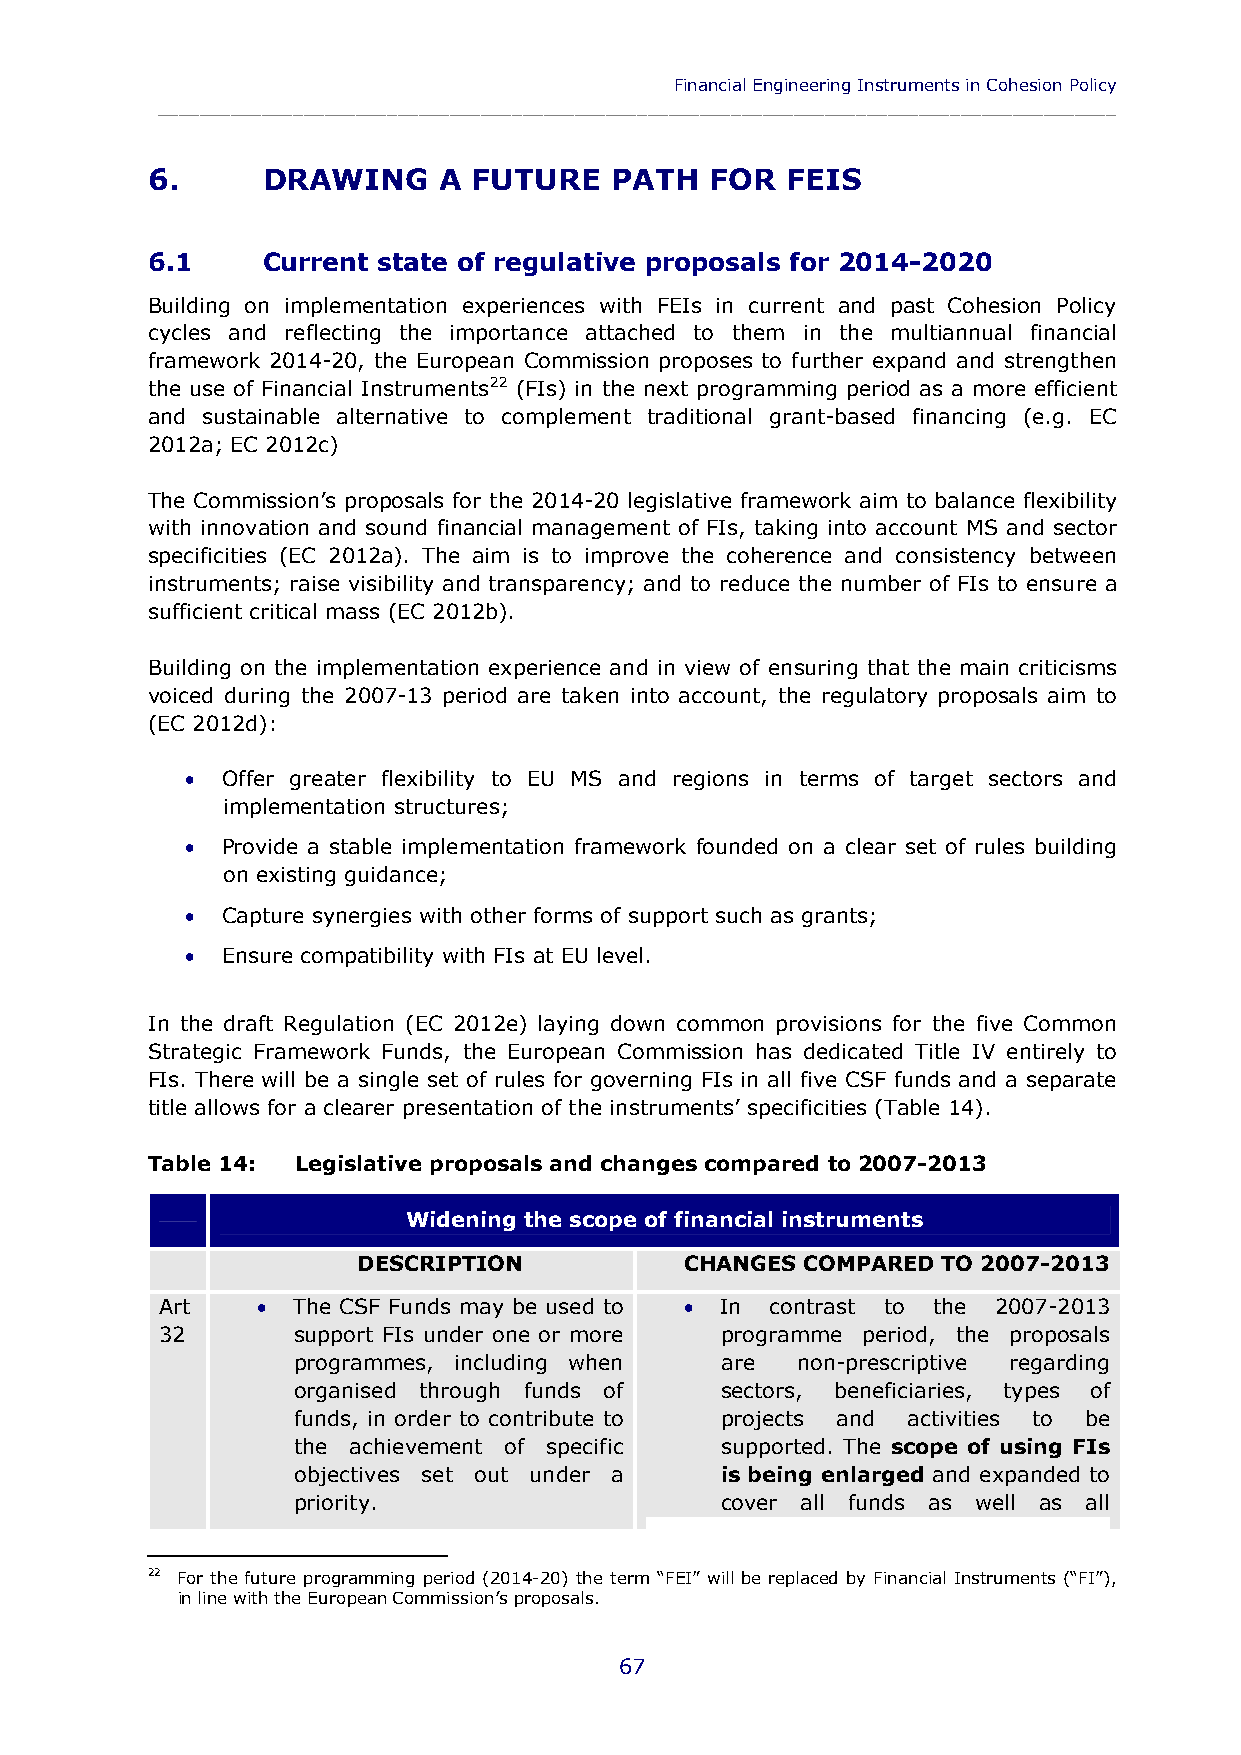
Financial Engineering Instruments in Cohesion Policy
 ____________________________________________________________________________________________
 6.     DRAWING     A FUTURE   PATH   FOR  FEIS
 6.1    Current state of regulative proposals for 2014-2020
 Building on implementation experiences with FEIs in current and past Cohesion Policy
 cycles and reflecting the importance attached to them in the multiannual financial
 framework 2014-20, the European Commission proposes to further expand and strengthen
 the use of Financial Instruments22 (FIs) in the next programming period as a more efficient
 and sustainable alternative to complement traditional grant-based financing (e.g. EC
 2012a; EC 2012c)
 The Commission’s proposals for the 2014-20 legislative framework aim to balance flexibility
 with innovation and sound financial management of FIs, taking into account MS and sector
 specificities (EC 2012a). The aim is to improve the coherence and consistency between
 instruments; raise visibility and transparency; and to reduce the number of FIs to ensure a
 sufficient critical mass (EC 2012b).
 Building on the implementation experience and in view of ensuring that the main criticisms
 voiced during the 2007-13 period are taken into account, the regulatory proposals aim to
 (EC 2012d):
   Offer greater flexibility to EU MS and regions in terms of target sectors and
 implementation structures;
   Provide a stable implementation framework founded on a clear set of rules building
 on existing guidance;
   Capture synergies with other forms of support such as grants;
   Ensure compatibility with FIs at EU level.
 In the draft Regulation (EC 2012e) laying down common provisions for the five Common
 Strategic Framework Funds, the European Commission has dedicated Title IV entirely to
 FIs. There will be a single set of rules for governing FIs in all five CSF funds and a separate
 title allows for a clearer presentation of the instruments’ specificities (Table 14).
 Table 14: Legislative proposals and changes compared to 2007-2013
 Widening the scope of financial instruments
 DESCRIPTION          CHANGES COMPARED TO 2007-2013
 Art    The CSF Funds may be used to  In contrast to the 2007-2013
 32      support FIs under one or more programme period, the proposals
 programmes, including when   are  non-prescriptive regarding
 organised through funds of   sectors, beneficiaries, types of
 funds, in order to contribute to projects and activities to be
 the achievement of specific  supported. The scope of using FIs
 objectives set out under a   is being enlarged and expanded to
 priority.                    cover all funds as well as all
 22 For the future programming period (2014-20) the term “FEI” will be replaced by Financial Instruments (“FI”),
 in line with the European Commission’s proposals.
 67